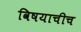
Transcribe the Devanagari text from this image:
विषयाचीच